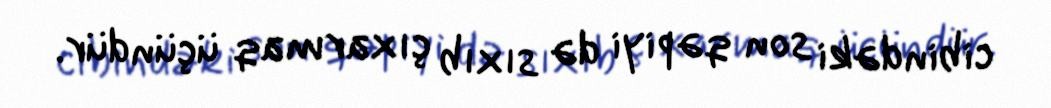
cibindəki son qəpiyi də sıxıb çıxarmaq üçündür.